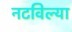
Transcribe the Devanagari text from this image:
नटविल्या